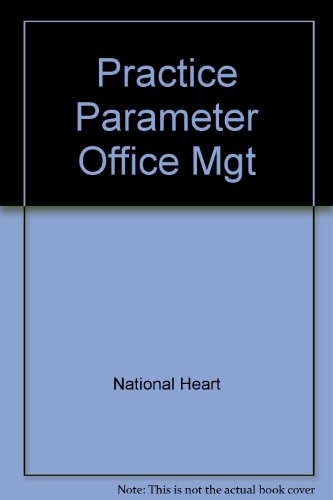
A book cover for Practice Parameter Office Mgt; National Heart; Health, Fitness & Dieting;